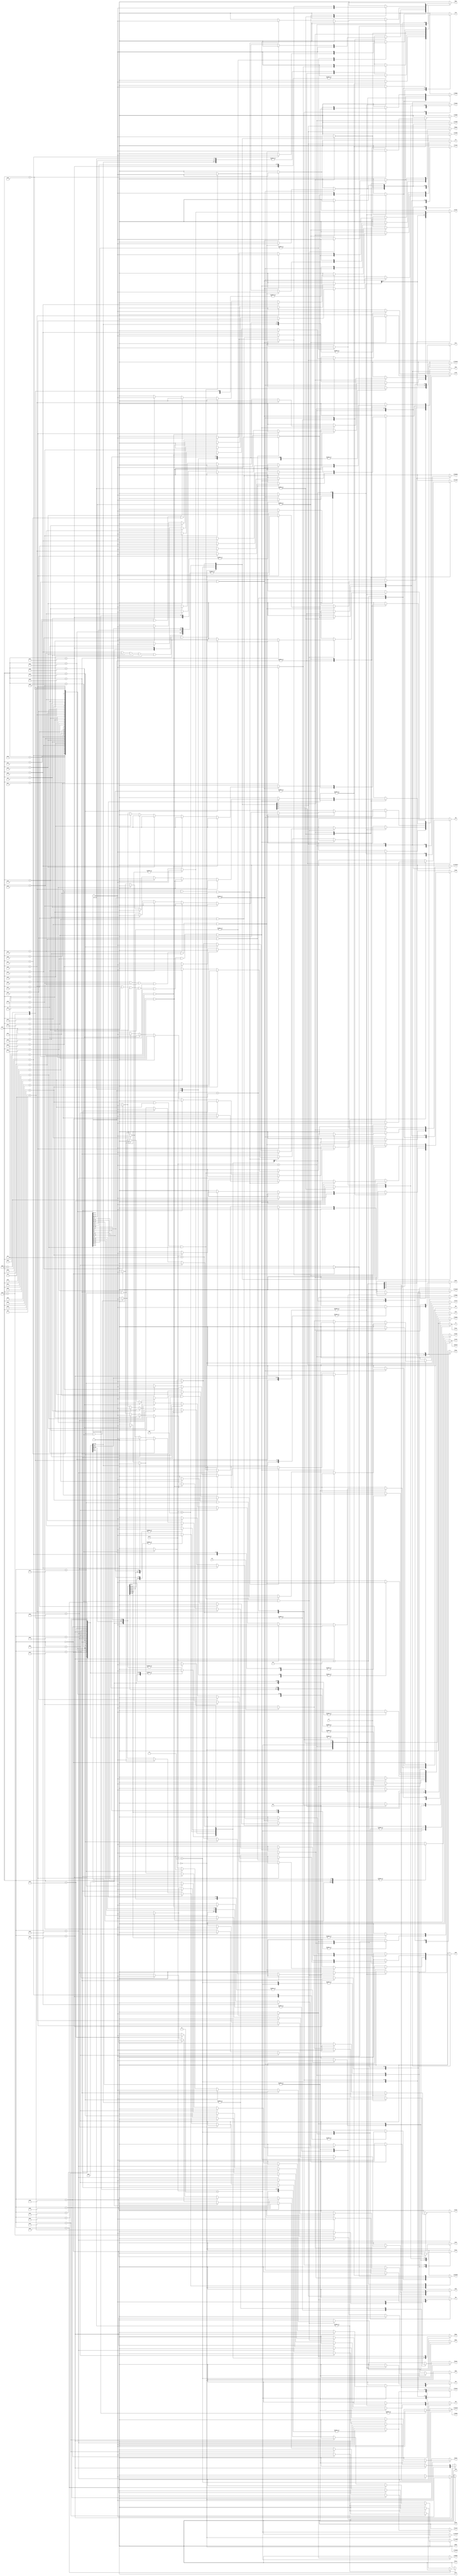
	`timescale 10ns/1ns

	module instdecode(
		input[7:0] inst,
		input[2:0] cycle,
		input clr,irq,nmi,
		output reg icyc,rcyc,scyc,sinst,
		output reg
	//pass mosfets
	adhsb,dbsb,rw,
	//input data latch
	dldboa,dladloa,dladhoa,
	//program counter low
	pcladlwa,pclinc,pcladloa,pcldboa,
	setreset,setirq,setnmi,
	//program counter high
	setstk,setzero,pchadhwa,pchadhoa,pchdboa,
	//data output register
	dorwa,doroa,
	//address bus high register
	abhwa,
	//address bus low register
	ablwa,
	//index registers(x and y)
	xwa,xoa,ywa,yoa,
	//stack pointer
	spwa,spsboa,spadloa,spdec,spinc,
	//alu
	predbwa,preadlwa,presbwa,preldzero,
	sums,subs,ands,eors,ors,shftr,shftcr,decEn,
	aluadloa,alusboa,
	aludbwa,
	//accumulator
	accwa,accdboa,accsboa,
	//status register
	sircary,sirirqdis,sirdecmod,sirwa,saluwa,abuswa,aoa);

	/***************** instruction opcodes ********************/
	localparam[7:0] 
		int=8'h00,
		adcimm=8'h69,adcabs=8'h6d,adczp=8'h65,
		sbcimm=8'he9,sbcabs=8'hed,sbczp=8'he5,
		andimm=8'h29,andabs=8'h2d,andzp=8'h06,
		ldaimm=8'ha9,ldaabs=8'had,ldazp=8'ha5,
		ldximm=8'ha2,ldxabs=8'hae,ldxzp=8'ha6,
		ldyimm=8'ha0,ldyabs=8'hac,ldyzp=8'ha4,
		eorimm=8'h49,eorabs=8'h4d,eorzp=8'h45,
		oraimm=8'h09,oraabs=8'h0d,orazp=8'h05,
		cmpimm=8'hc9,cmpabs=8'hcd,cmpzp=8'hc5,
		bitabs=8'h2c,bitzp=8'h24,deczp=8'hc6,
		incabs=8'hee,inczp=8'he6,decabs=8'hce,
		inx=8'he8,iny=8'hc8,dex=8'hca,dey=8'h88,
		tax=8'haa,tay=8'ha8,tsx=8'hba,
		txa=8'h8a,txs=8'h9a,tya=8'h98,
		staabs=8'h8d,stazp=8'h85,
		pha=8'h48,php=8'h08,pla=8'h68,
		plp=8'h28,jmp=8'h4c,jsr=8'h20,
		rts=8'h60,rti=8'h40,
		sec=8'h38,sed=8'hf8,sei=8'h78,
		cli=8'h58,clc=8'h18,cld=8'hd8,
		nop=8'hea;

	
	always@(*)
	begin
	{adhsb,dbsb,rw,dldboa,dladloa,dladhoa,
	pcladlwa,pclinc,pcladloa,pcldboa,setreset,
	setirq,setnmi,pchadhwa,pchadhoa,pchdboa,
	dorwa,doroa,abhwa,ablwa,xwa,xoa,ywa,yoa,
	spwa,spsboa,spadloa,spdec,spinc,predbwa,preadlwa,
	presbwa,sums,subs,ands,eors,ors,shftr,
	shftcr,decEn,aluadloa,alusboa,aludbwa,accwa,
	accdboa,accsboa,sircary,sirirqdis,sirdecmod,
	sirwa,saluwa,abuswa,aoa,icyc,rcyc,scyc,setstk,
	sinst,setstk,setzero,preldzero} = 60'd0;

		case(cycle)
			3'b000:begin
				case(inst)
					int:begin	//reset
						if(clr) begin
							setreset<=1'b1;icyc<=1;
							sinst<=1;
						end
						else if(nmi) begin
							setnmi<=1'b1;icyc<=1'b1;
							sinst<=1'b1;
						end
						else if(irq) begin
							setirq<=1'b1;icyc<=1;
							sinst<=1;
						end
						else
							icyc<=1;
					end

					jsr:begin
						pchadhwa<=1;dladhoa<=1;pcladloa<=1;ablwa<=1;
						icyc<=1;
					end

					nop:icyc<=1;

					incabs,inczp,
					decabs,deczp,staabs,
					pha,php,pla,plp,rts,
					rti:begin
						//Increment pc and get nxt inst
						pclinc<=1;pcladloa<=1;pchadhoa<=1;
						abhwa<=1;ablwa<=1;icyc<=1;
					end
					
					adcimm,adcabs,adczp,
					sbcimm,sbcabs,sbczp,
					andimm,andabs,andzp,
					eorimm,eorabs,eorzp,
					oraimm,oraabs,orazp:begin
						//Write alu out to acc
						alusboa<=1;accwa<=1;
						icyc<=1;saluwa<=1;
					end

					ldaimm,ldaabs,ldazp,
					ldximm,ldxabs,ldxzp,
					ldyimm,ldyabs,ldyzp:begin
						icyc<=1;
					end

					cmpimm,cmpabs,cmpzp,
					bitabs,bitzp:begin
						icyc<=1; saluwa<=1;
					end

					jmp:begin
						// update the program counter
						dladhoa<=1;pchadhwa<=1;
						icyc<=1;
					end

					cli,clc,cld,
					sec,sed,sei:begin

						sirwa<=1;icyc<=1;

						if(inst == cli)	sirirqdis<=0;
						else if(inst == clc)	sircary<=0;
						else if(inst == cld)	sirdecmod<=0;

						else if(inst==sec)	sircary<=1;
						else if(inst==sed)	sirdecmod<=1;
						else if(inst==sei)	sirirqdis<=1;
					end

					tax,tay,tsx,
					txa,txs,tya,
					inx,iny,dex,
					dey:begin

						icyc<=1;
						if(inst==tax) begin
							accsboa<=1; xwa<=1;  end
						else if(inst==tay) begin
							accsboa<=1; ywa<=1;  end
						else if(inst==tsx)	begin
							spsboa<=1; xwa<=1;  end
						else if(inst==txa)	begin
							xoa<=1; accwa<=1;  end
						else if(inst==txs)	begin
							xoa<=1; spwa<=1;  end
						else if(inst==tya)	begin
							yoa<=1; accwa<=1;  end
						else if(inst==inx|inst==dex)begin
							alusboa<=1;xwa<=1;	end
						else if(inst==iny|inst==dey)begin
							alusboa<=1;ywa<=1;	end
					end

				endcase
				end

			3'b001:begin
				case(inst)
					int,jsr:begin
						//write pcl to stack
						pcldboa<=1;dorwa<=1;doroa<=1;
						setstk<=1;spadloa<=1;ablwa<=1;abhwa<=1;
						rw<=1;spdec<=1;icyc<=1;
					end

					pha,php:begin
						//write pcl to stack
						dorwa<=1;
						setstk<=1;spadloa<=1;ablwa<=1;abhwa<=1;
						spdec<=1;icyc<=1;
						if(inst == pha)
							accdboa<=1;
						if(inst == php)
							aoa<=1;
					end
					pla,plp,rts,rti:begin
						//set stack ptr to addreg
						setstk<=1;spadloa<=1;ablwa<=1;abhwa<=1;
						spinc<=1;icyc<=1;
					end

					adcimm,adcabs,adczp,
					sbcimm,sbcabs,sbczp,
					andimm,andabs,andzp,
					eorimm,eorabs,eorzp,
					oraimm,oraabs,orazp,
					ldaimm,ldaabs,ldazp,
					ldximm,ldxabs,ldxzp,
					ldyimm,ldyabs,ldyzp,
					cmpimm,cmpabs,cmpzp,
					bitabs,bitzp,
					incabs,inczp,
					decabs,deczp,
					staabs,stazp,
					jmp:begin
						//Increment pc and load to add.bus.regs
						pclinc<=1;pcladloa<=1;pchadhoa<=1;
						abhwa<=1;ablwa<=1;icyc<=1;
					end

					cli,clc,cld,
					sec,sed,sei,
					nop,tax,tay,
					tsx,txa,txs,
					tya,inx,iny,
					dex,dey:begin
						//Increment pc and get nxt inst
						pclinc<=1;pcladloa<=1;pchadhoa<=1;
						abhwa<=1;ablwa<=1;rcyc<=1;
						if(inst==inx|inst==iny|inst==dex|inst==dey)begin
							dbsb<=1;predbwa<=1;
							preldzero<=1;
							if(inst==inx)begin
								xoa<=1;sums<=1;
								sircary<=1;sirwa<=1;end
							else if(inst==iny)begin
								yoa<=1;sums<=1;
								sircary<=1;sirwa<=1;end
							else if(inst==dex)begin
								xoa<=1;subs<=1;
								sircary<=0;sirwa<=1;end
							else if(inst==dey)begin
								yoa<=1;subs<=1;
								sircary<=0;sirwa<=1;end
						end
					end

				endcase
			end
			3'b010:begin
				case(inst)
					int,jsr:begin	//reset
						//write pch to stack
						pchdboa<=1;dorwa<=1;doroa<=1;
						setstk<=1;spadloa<=1;ablwa<=1;abhwa<=1;
						rw<=1;spdec<=1;icyc<=1;
					end

					pha,php:begin
						//write to ram...
						doroa<=1;rw<=1;
						rcyc<=1;
					end

					adcimm,andimm,ldaimm,
					eorimm,ldximm,ldyimm,
					oraimm,sbcimm,cmpimm,
					pla,plp:begin
						icyc<=1;
					end

					rts,rti:begin
						//set stack ptr to addreg
						setstk<=1;spadloa<=1;ablwa<=1;abhwa<=1;
						spinc<=1;icyc<=1;
					end


					adczp,andzp,ldazp,
					ldxzp,ldyzp,eorzp,
					orazp,sbczp,cmpzp,
					bitzp,inczp,deczp,
					stazp:begin
						dladloa<=1;ablwa<=1;setzero<=1;
						abhwa<=1;icyc<=1;
					end
					
					adcabs,andabs,ldaabs,
					ldxabs,ldyabs,eorabs,
					oraabs,sbcabs,cmpabs,
					bitabs,incabs,decabs,
					staabs,jmp:begin
						//Get data from nxt addr as operand addr lo
						pclinc<=1;pcladloa<=1;pchadhoa<=1;
						ablwa<=1;abhwa<=1;icyc<=1;
					end
				endcase
			end
			3'b011:begin
				case(inst)
					int,jsr:begin
						//write status to stack
						aoa<=1;dorwa<=1;doroa<=1;
						setstk<=1;spadloa<=1;ablwa<=1;abhwa<=1;
						rw<=1;spdec<=1;icyc<=1;
					end

					pla,plp:begin
						dldboa<=1;dbsb<=1;
						rcyc<=1;
						if(inst==pla)
							accwa<=1;
						if(inst==plp)
							abuswa<=1;
					end

					rts,rti:begin
						//write to the status register
						dldboa<=1;abuswa<=1;
						//set stack ptr to addreg
						setstk<=1;spadloa<=1;ablwa<=1;abhwa<=1;
						spinc<=1;icyc<=1;
					end

					adcimm,andimm,ldaimm,
					eorimm,ldximm,ldyimm,
					oraimm,sbcimm,cmpimm:begin
						//Increment pc and get nxt inst
						pclinc<=1;pcladloa<=1;pchadhoa<=1;
						abhwa<=1;ablwa<=1;rcyc<=1;

						if(inst==adcimm | inst==andimm | inst==eorimm | inst==oraimm | inst==sbcimm | inst==cmpimm)
						begin
							//Get data from datalatch and acc to alu
							dldboa<=1;accsboa<=1;predbwa<=1;
							presbwa<=1;
							if(inst==adcimm)	sums<=1;
							else if(inst==andimm)	ands<=1;
							else if(inst==eorimm)	eors<=1;
							else if(inst==oraimm)	ors<=1;
							else if(inst==sbcimm)	subs<=1;
							else if(inst==cmpimm)begin
								subs<=1; sirwa<=1; sircary<=0;
							end
						end

						/**** load insts... *****/

						else if(inst==ldaimm | inst==ldximm | inst==ldyimm)
						begin
							dldboa<=1;dbsb<=1;
							if(inst==ldaimm)	accwa<=1;
							else if(inst==ldximm)	xwa<=1;
							else if(inst==ldyimm)	ywa<=1;
						end
					end



					adczp,andzp,ldazp,
					ldxzp,ldyzp,eorzp,
					orazp,sbczp,cmpzp,
					bitzp,inczp,deczp,
					stazp:begin
						icyc<=1;
					end

					jmp:begin
						dladloa<=1;pcladlwa<=1;rcyc<=1;
					end

					adcabs,andabs,ldaabs,
					ldxabs,ldyabs,eorabs,
					oraabs,sbcabs,cmpabs,
					bitabs,incabs,decabs,
					staabs:begin
						//Get data from nxt addr as operand addr hi
						dldboa<=1;aludbwa<=1;aluadloa<=1;
						dladhoa<=1;abhwa<=1;ablwa<=1;icyc<=1;
/////						if(inst==staabs)begin
//////////							accdboa<=1;dorwa<=1;
//////						end
					end
				endcase
			end
			3'b100:begin
				case(inst)
					int,jsr:begin
						pcladloa<=1;pchadhoa<=1;
						ablwa<=1;abhwa<=1;
						icyc<=1;
					end

					rts,rti:begin
						dladhoa<=1;pchadhwa<=1;
						icyc<=1;
					end

					adcabs,andabs,ldaabs,
					ldxabs,ldyabs,eorabs,
					oraabs,sbcabs,cmpabs,
					bitabs,incabs,decabs,
					staabs:begin
						icyc<=1;
////////						if(inst == staabs)begin
							//output data and toggle rw
////							rw<=1;doroa<=1;rcyc<=1;
/////						end
					end


					inczp,deczp:begin
						icyc<=1;
						if(inst==inczp| inst==deczp)
						begin
							dldboa<=1;predbwa<=1;
							sircary<=1;sirwa<=1;preldzero<=1;
							if(inst==inczp)	sums<=1;
							else if(inst==deczp)	subs<=1;
						end
					end

					adczp,andzp,ldazp,
					ldxzp,ldyzp,eorzp,
					orazp,sbczp,cmpzp,
					bitzp:begin
						//Get data from datalatch and acc to alu
						dldboa<=1;accsboa<=1;predbwa<=1;
						presbwa<=1;
						//Increment pc and get nxt inst
						pclinc<=1;pcladloa<=1;pchadhoa<=1;
						abhwa<=1;ablwa<=1;rcyc<=1;

						if(inst==adczp | inst==andzp | inst==eorzp | inst==orazp | inst==sbczp | inst==cmpzp | inst==bitzp)
						begin
							//Get data from datalatch and acc to alu
							dldboa<=1;accsboa<=1;predbwa<=1;
							presbwa<=1;
							if(inst==adczp)	sums<=1;
							else if(inst==andzp | inst==bitzp)	ands<=1;
							else if(inst==eorzp)	eors<=1;
							else if(inst==orazp)	ors<=1;
							else if(inst==sbczp)	subs<=1;
							else if(inst==cmpzp)begin
								subs<=1; sirwa<=1; sircary<=0;
							end
						end
						//load instructions
						else if(inst==ldazp | inst==ldxzp | inst==ldyzp)
						begin
							dldboa<=1;dbsb<=1;

							if(inst==ldazp)	accwa<=1;
							else if(inst==ldxzp)	xwa<=1;
							else if(inst==ldyzp)	ywa<=1;
						end
					end
				endcase
			end
			3'b101:begin
				case(inst)
					int,jsr:begin
						pclinc<=1;pcladloa<=1;pchadhoa<=1;
						ablwa<=1;abhwa<=1;
						icyc<=1;ablwa<=1;
					end

					rts,rti:begin
						dladloa<=1;pcladlwa<=1;
						rcyc<=1;
					end

					incabs,decabs,staabs:begin
						icyc<=1;
						if(inst==incabs|inst==decabs)
						begin
							dldboa<=1;predbwa<=1;
							sircary<=1;sirwa<=1;preldzero<=1;
							if(inst==incabs)	sums<=1;
							else if(inst==decabs)	subs<=1;
						end

						if(inst == staabs)begin
							//output data and toggle rw
							rw<=1;doroa<=1;rcyc<=1;
						end
					end

					inczp,deczp:begin
						// output result to sb->db->outReg
						alusboa<=1;dbsb<=1;dorwa<=1;
						rcyc<=1;
					end

					adcabs,andabs,ldaabs,
					ldxabs,ldyabs,eorabs,
					oraabs,sbcabs,cmpabs,
					bitabs:begin
						//Increment pc and get nxt inst
						pclinc<=1;pcladloa<=1;pchadhoa<=1;
						abhwa<=1;ablwa<=1;rcyc<=1;
						
						if(inst==adcabs | inst==andabs | inst==eorabs | inst==oraabs | inst==sbcabs | inst==cmpabs | inst==bitabs)
						begin
							//Get data from datalatch and acc to alu
							dldboa<=1;accsboa<=1;predbwa<=1;
							presbwa<=1;
							if(inst==adcabs)	sums<=1;
							else if(inst==andabs | inst==bitabs)	ands<=1;
							else if(inst==eorabs)	eors<=1;
							else if(inst==oraabs)	ors<=1;
							else if(inst==sbcabs)	subs<=1; 
							else if(inst==cmpabs)begin
								subs<=1; sirwa<=1; sircary<=0;
							end
						end

						// load instructions
						else if(inst==ldaabs | inst==ldxabs | inst==ldyabs)
						begin
							dldboa<=1;dbsb<=1;

							if(ldaabs)	accwa<=1;
							else if(ldxabs)	xwa<=1;
							else if(ldyabs) ywa<=1;
						end
					end
				endcase
			end
			3'b110:begin
				case(inst)
					int,jsr:begin
						dladloa<=1;dladhoa<=1;pcladlwa<=1;abhwa<=1;
						icyc<=1;
						if(inst==jsr)
							rcyc<=1;
					end
					incabs,decabs:begin
						// output result to sb->db->outReg
						alusboa<=1;dbsb<=1;dorwa<=1;
						rcyc<=1;
					end
				endcase
			end
			3'b111:begin
				case(inst)
					int:begin
						pchadhwa<=1;dladhoa<=1;pcladloa<=1;ablwa<=1;
						rcyc<=1;
					end
				endcase
			end
		endcase
	end
	endmodule